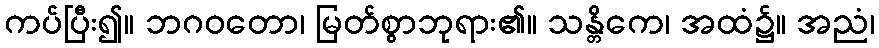
ကပ်ပြီး၍။ ဘဂဝတော၊ မြတ်စွာဘုရား၏။ သန္တိကေ၊ အထံ၌။ အညံ၊